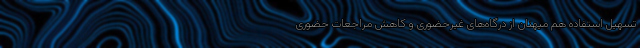
تسهیل استفاده هم میهنان از درگاه‌های غیرحضوری و کاهش مراجعات حضوری